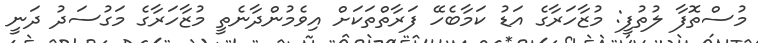
މުސްތޮފާ ލުތުފީ: މުޒާހަރާގެ އަޑު ކަމާބެހޭ ފަރާތްތަކަށް އިވެމުންދާނެތީ މުޒާހަރާގެ މަގުސަދު ދަނީ